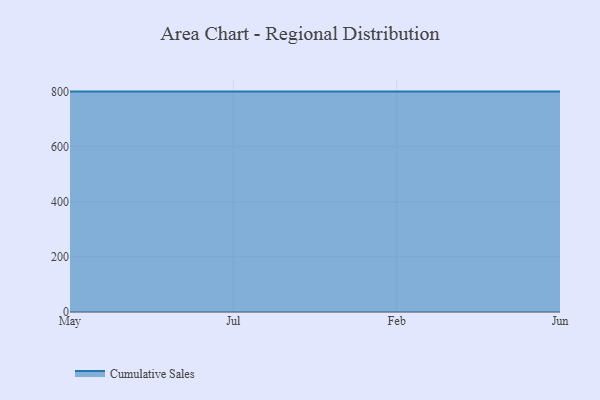
{"axis": {"x": "Month", "y": "Churn Rate (%)"}, "legend": ["Cumulative Sales"], "data": [{"x": "May", "y": 800, "type": "Cumulative Sales"}, {"x": "Jul", "y": 800, "type": "Cumulative Sales"}, {"x": "Feb", "y": 800, "type": "Cumulative Sales"}, {"x": "Jun", "y": 800, "type": "Cumulative Sales"}]}